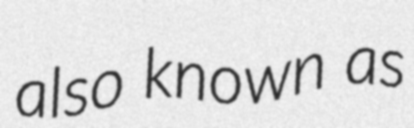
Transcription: also known as